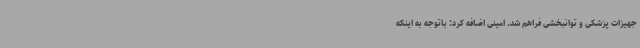
جهیزات پزشکی و توانبخشی فراهم شد. امینی اضافه کرد: باتوجه به اینکه